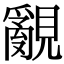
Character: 覶